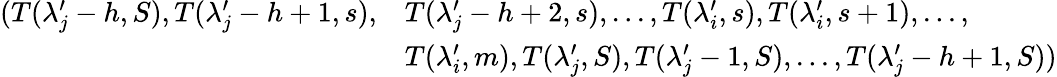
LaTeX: \begin{array}{rl}{(T(\lambda_{j}^{\prime}-h,S),T(\lambda_{j}^{\prime}-h+1,s),}&{T(\lambda_{j}^{\prime}-h+2,s),...,T(\lambda_{i}^{\prime},s),T(\lambda_{i}^{\prime},s+1),...,}\\ &{T(\lambda_{i}^{\prime},m),T(\lambda_{j}^{\prime},S),T(\lambda_{j}^{\prime}-1,S),...,T(\lambda_{j}^{\prime}-h+1,S))}\end{array}